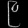
Digit: ၉